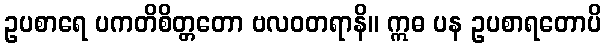
ဥပစာရေ ပကတိစိတ္တတော ဗလဝတရာနိ။ ဣဓ ပန ဥပစာရတောပိ